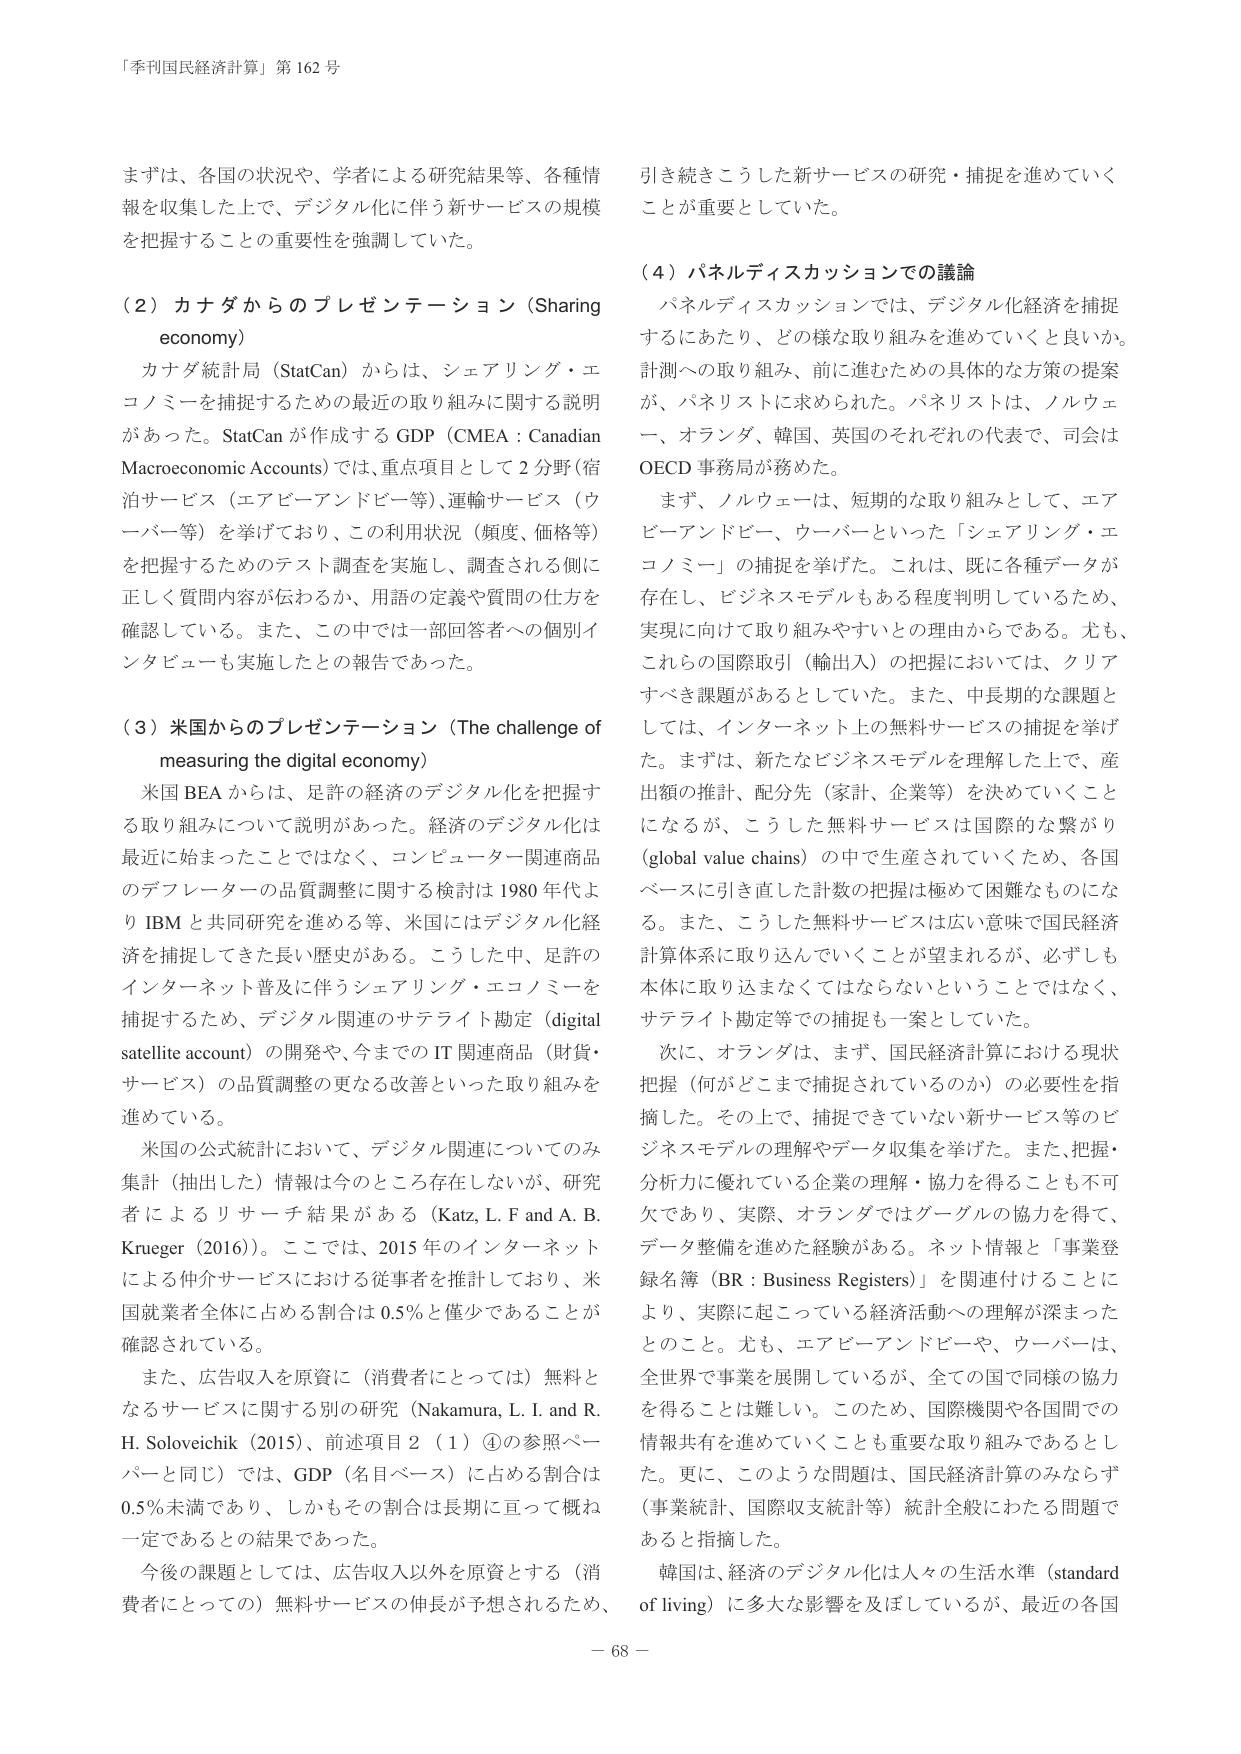
「季刊国民経済計算」第162号

まずは、各国の状況や、学者による研究結果等、各種情報を収集した上で、デジタル化に伴う新サービスの規模を把握することの重要性を強調していた。

（2）カナダからのプレゼンテーション（Sharing economy）

カナダ統計局（StatCan）からは、シェアリング・エコノミーを捕捉するための最近の取り組みに関する説明があった。StatCanが作成するGDP（CMEA：Canadian Macroeconomic Accounts）では、重点項目として2分野（宿泊サービス（エアビーアンドビー等）、運輸サービス（ウーバー等））を挙げており、この利用状況（頻度、価格等）を把握するためのテスト調査を実施し、調査される側に正しく質問内容が伝わるか、用語の定義や質問の仕方を確認している。また、この中では一部回答者への個別インタビューも実施したとの報告であった。

（3）米国からのプレゼンテーション（The challenge of measuring the digital economy）

米国BEAからは、足許の経済のデジタル化を把握する取り組みについて説明があった。経済のデジタル化は最近に始まったことではなく、コンピューター関連商品のデフレーターの品質調整に関する検討は1980年代よりIBMと共同研究を進める等、米国にはデジタル化経済を捕捉してきた長い歴史がある。こうした中、足許のインターネット普及に伴うシェアリング・エコノミーを捕捉するため、デジタル関連のサテライト勘定（digital satellite account）の開発や、今までのIT関連商品（財貨・サービス）の品質調整の更なる改善といった取り組みを進めている。

米国の公式統計において、デジタル関連についてのみ集計（抽出した）情報は今のところ存在しないが、研究者によるリサーチ結果がある（Katz, L. F and A. B. Krueger (2016)）。ここでは、2015年のインターネットによる仲介サービスにおける従事者を推計しており、米国就業者全体に占める割合は0.5％と僅少であることが確認されている。

また、広告収入を原資に（消費者にとっては）無料となるサービスに関する別の研究（Nakamura, L. I. and R. H. Soloveichik (2015)、前述項目2（1）④の参照ページと同一）では、GDP（名目ベース）に占める割合は0.5％未満であり、しかもその割合は長期に亘って概ね一定であるとの結果であった。

今後の課題としては、広告収入以外を原資とする（消費者にとっては）無料サービスの伸長が予想されるため、引き続きこうした新サービスの研究・捕捉を進めていくことが重要としていた。

（4）パネルディスカッションでの議論

パネルディスカッションでは、デジタル化経済を捕捉するにあたり、どの様な取り組みを進めていくと良いか。計測への取り組み、前に進むための具体的な方策の提案が、パネリストに求められた。パネリストは、ノルウェー、オランダ、韓国、英国のそれぞれの代表で、司会はOECD事務局が務めた。

まず、ノルウェーは、短期的な取り組みとして、エアビーアンドビー、ウーバーといった「シェアリング・エコノミー」の捕捉を挙げた。これは、既に各種データが存在し、ビジネスモデルもある程度判明しているため、実現に向けて取り組みやすいとの理由からである。尤も、これらの国際取引（輸出入）の把握においては、クリアすべき課題があるとしていた。また、中長期的な課題としては、インターネット上の無料サービスの捕捉を挙げた。まずは、新たなビジネスモデルを理解した上で、産出額の推計、配分先（家計、企業等）を決めていくことになるが、こうした無料サービスは国際的な繋がり（global value chains）の中で生産されていくため、各国ベースに引き直した計数の把握は極めて困難なものになる。また、こうした無料サービスは広い意味で国民経済計算体系に取り込んでいくことが望まれるが、必ずしも本体に取り込まなくてはならないということもではなく、サテライト勘定等での捕捉も一案としていた。

次に、オランダは、まず、国民経済計算における現状把握（何がどこまで捕捉されているのか）の必要性を指摘した。その上で、捕捉できていない新サービス等のビジネスモデルの理解やデータ収集を挙げた。また、把握・分析力に優れている企業の理解・協力を得ることも不可欠であり、実際、オランダではグーグルの協力を得て、データ整備を進めた経験がある。ネット情報と「事業登録名簿（BR：Business Registers）」を関連付けることにより、実際に起こっている経済活動への理解が深まったとのこと。尤も、エアビーアンドビー、ウーバーは、全世界で事業を展開しているが、全ての国で同様の協力を得ることは難しい。このため、国際機関や各国間での情報共有を進めていくことも重要な取り組みであるとした。更に、このような問題は、国民経済計算のみならず（事業統計、国際収支統計等）統計全般にわたる問題であると指摘した。

韓国は、経済のデジタル化は人々の生活水準（standard of living）に多大な影響を及ぼしているが、最近の各国

－68－